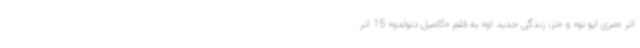
اثر «مری ایو تو» و «تز، زندگی جدید او» به قلم «کامیل دتولدو» 15 اثر